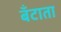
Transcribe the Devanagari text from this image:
बँटाता